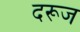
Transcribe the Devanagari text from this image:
दरूज